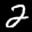
Label: 2